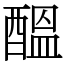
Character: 醞